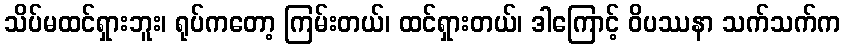
သိပ်မထင်ရှားဘူး၊ ရုပ်ကတော့ ကြမ်းတယ်၊ ထင်ရှားတယ်၊ ဒါကြောင့် ဝိပဿနာ သက်သက်က